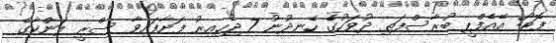
ފޮޓޯ: އޭއެފްޕީ ބުރާސްފަތި ދުވަހުގެ ހެނދުނު 7 ޖެހިއިރު ފަށާފައިވާ ސްރީ ލަންކާގެ